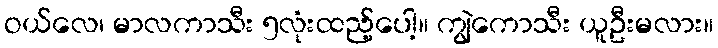
ဝယ်လေ၊ မာလကာသီး ၅လုံးထည့်ပေါ့။ ကျွဲကောသီး ယူဦးမလား။